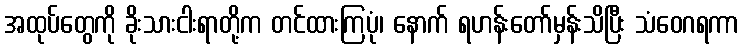
အထုပ်တွေကို ခိုးသားငါးရာတို့က တင်ထားကြပုံ၊ နောက် ရဟန်းတော်မှန်းသိပြီး သံဝေဂရကာ